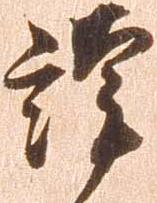
謹